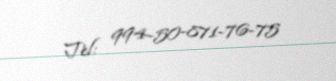
Tel: 994-50-871-76-75